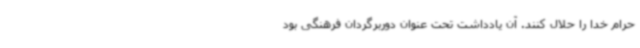
حرام خدا را حلال کنند. آن یادداشت تحت عنوان دوربرگردان فرهنگی بود